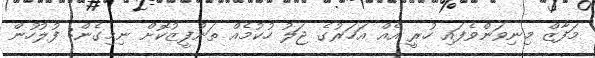
މަފާޒް މިނިވަންވެފައި ހުރީ އެއް އަހަރުގެ ޖަލު ހުކުމެއް ތަންފީޒުކޮށް ނިމިގެން: ފުލުހުން